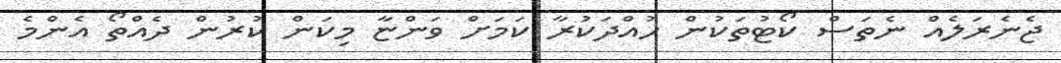
ޖެނެރަލެއް ނެތަަސް ކޯޓުތަކުން ހުއްދަކުރާ ކަމަށް ވަންޏާ މިކަން ކުރުން ދެއްތޯ އެންމެ